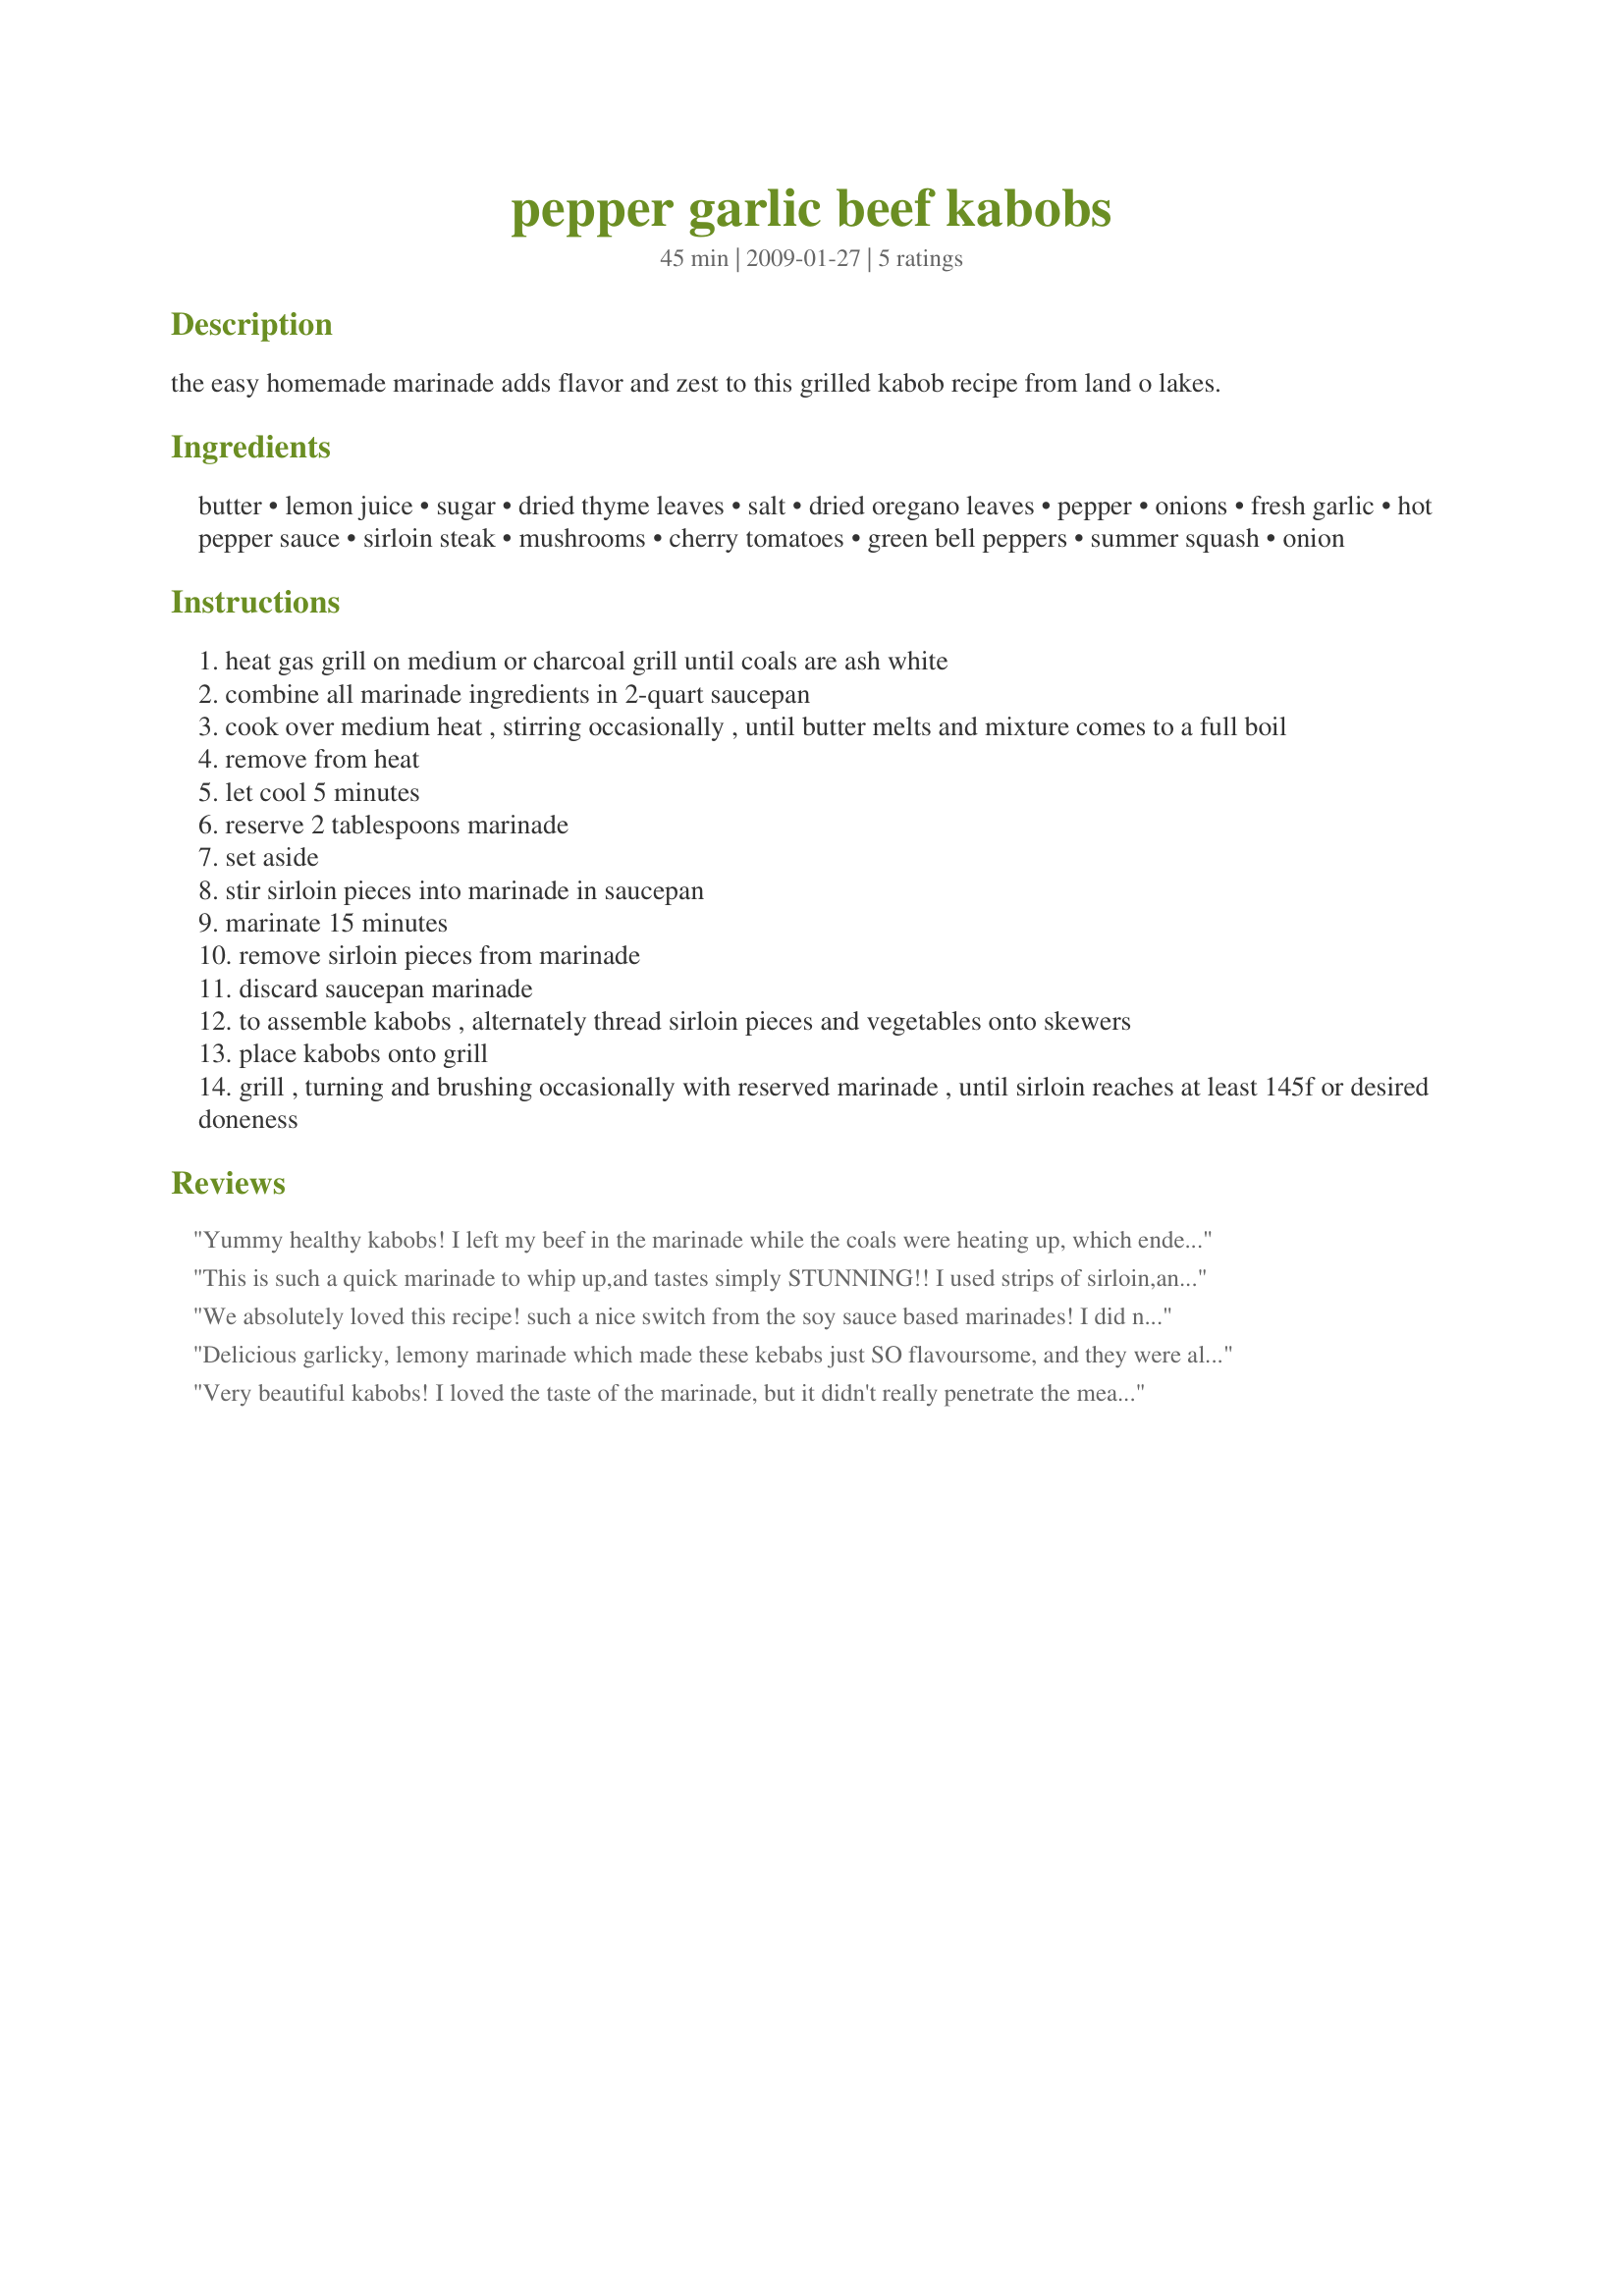
pepper garlic beef kabobs
Preparation time: 45 minutes

the easy homemade marinade adds flavor and zest to this grilled kabob recipe from land o lakes.

Ingredients:
butter, lemon juice, sugar, dried thyme leaves, salt, dried oregano leaves, pepper, onions, fresh garlic, hot pepper sauce, sirloin steak, mushrooms, cherry tomatoes, green bell peppers, summer squash, onion

Steps:
heat gas grill on medium or charcoal grill until coals are ash white
combine all marinade ingredients in 2-quart saucepan
cook over medium heat , stirring occasionally , until butter melts and mixture comes to a full boil
remove from heat
let cool 5 minutes
reserve 2 tablespoons marinade
set aside
stir sirloin pieces into marinade in saucepan
marinate 15 minutes
remove sirloin pieces from marinade
discard saucepan marinade
to assemble kabobs , alternately thread sirloin pieces and vegetables onto skewers
place kabobs onto grill
grill , turning and brushing occasionally with reserved marinade , until sirloin reaches at least 145f or desired doneness

Reviews:
Yummy healthy kabobs! I left my beef in the marinade while the coals were heating up, which ended up being about 30 minutes. The marinade was a nice complement to both the meat and the veggies. Thanks for sharing your recipe!
This is such a quick marinade to whip up,and tastes simply STUNNING!!
I used strips of sirloin,and instead of skewering,I cooked it along with the pepper pieces,mushrooms etc on an indoor griddle pan.
The results were fantastic...the flavours were just fabulous,and everybody loved it!
This is a keeper if ever there was one...I'll be using this one again and again and again!!
Thanks Diner!!
We absolutely loved this recipe! such a nice switch from the soy sauce based marinades! I did not add all the vegetables to the kabobs as I was serving a cucumber salad on the side. But the beef and marinade are definitely a winner and a keeper!

Thanks Diner524!
Delicious garlicky, lemony marinade which made these kebabs just SO flavoursome, and they were also so easy to prepare. I added rosemary and sage to the thyme in the marinade but omitted the hot pepper sauce as we have zero tolerance of anything hot and spicy. I omitted the zucchini and tomatoes - none on hand at the time - and used a red bell pepper. Just the mushrooms, onion and pepper pieces with the steak were a great combination and I'd be inclined to make them exactly that way next time. We enjoyed these with Recipe #172377. A recipe I'll certainly make again and again. :)Thank you so much for sharing this recipe, diner524. Made for PRMR.
Very beautiful kabobs! I loved the taste of the marinade, but it didn't really penetrate the meat, and the veggies really didn't absorb it at all. Next time I'll pierce the meat and let it sit a little longer. Very quick and easy recipe...which is always a plus! Thanks for posting. Made for Photo Tag.
